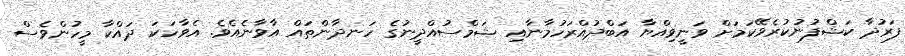
ފަރުދާ ކަޝްފުނުކުރެވޭކަމަށް ވަނީވިއްޔާ އަބްދުއްރަހުމާނާއި ޝަމްސުއްދީނުގެ ހަނދާންތައް އާވާނެއެވެ. އެވާހަކަ ދައްކާ މީހުންވެސް